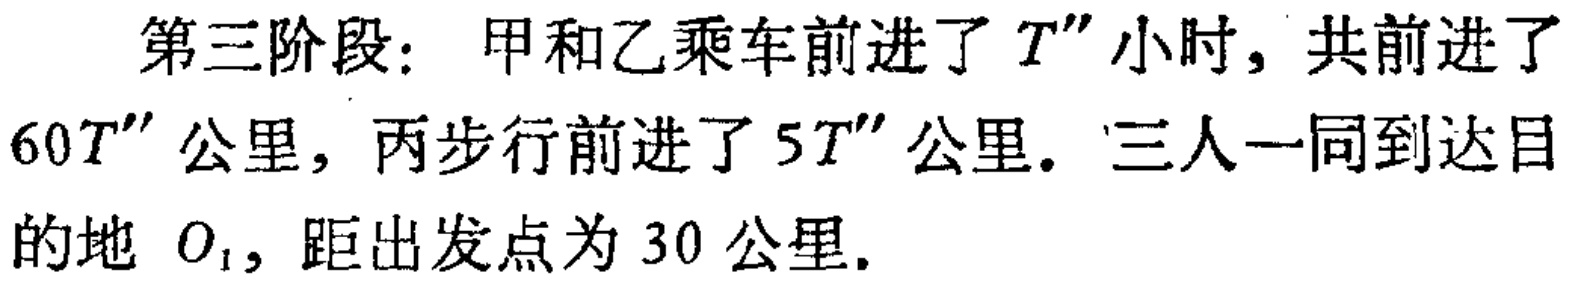
第三阶段：甲和乙乘车前进了 \(T''\) 小时，共前进了 \(60T''\) 公里，丙步行前进了 \(5T''\) 公里. 三人一同到达目的地 \(O_{1}\)，距出发点为 \(30\) 公里.